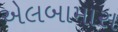
એલબામાસ